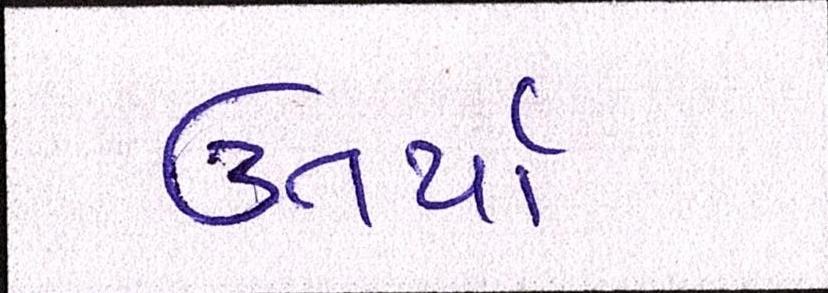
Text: ઉતર્યા